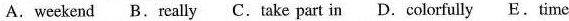
A. weekend B. really C. take part in D.